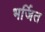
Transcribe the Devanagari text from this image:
भर्जित